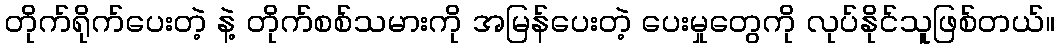
တိုက်ရိုက်ပေးတဲ့ နဲ့ တိုက်စစ်သမားကို အမြန်ပေးတဲ့ ပေးမှုတွေကို လုပ်နိုင်သူဖြစ်တယ်။